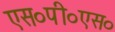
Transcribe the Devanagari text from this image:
एस०पी०एस०